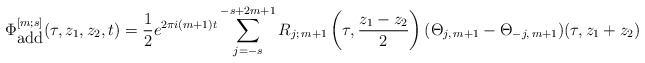
\begin{align*}\Phi^{[m;s]}_{\hbox{add}} (\tau, z_1, z_2, t) = \frac{1}{2} e^{2\pi i (m+1)t} \sum\limits^{-s+2m+1}_{j=-s}{R_{j;\,m+1} \left(\tau, \frac{z_1-z_2}{2}\right) (\Theta_{j,\,m+1}-\Theta_{-j,\,m+1}) (\tau, z_1+z_2)}\end{align*}